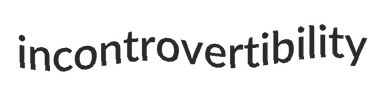
incontrovertibility